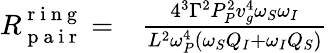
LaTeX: \begin{array}{rl}{R_{\mathrm{~p~a~i~r~}}^{\mathrm{~r~i~n~g~}}=}&{{}\frac{4^{3}\Gamma^{2}P_{P}^{2}v_{g}^{4}\omega_{S}\omega_{I}}{L^{2}\omega_{P}^{4}\left(\omega_{S}Q_{I}+\omega_{I}Q_{S}\right)}}\end{array}